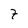
Character: 7